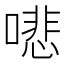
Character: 𠾦